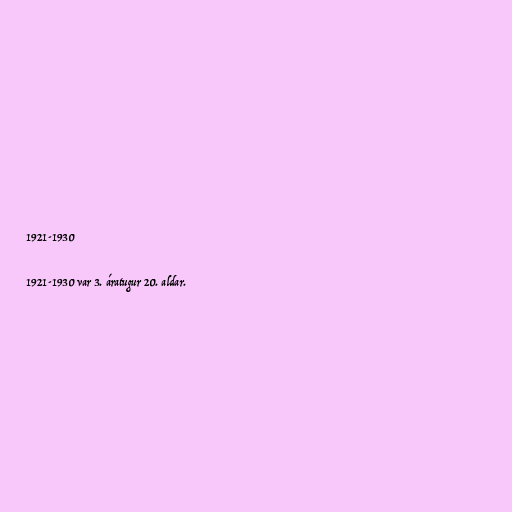
1921-1930

1921-1930 var 3. áratugur 20. aldar.